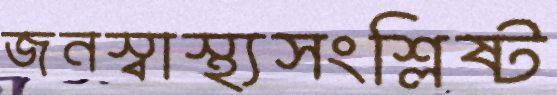
জনস্বাস্থ্যসংশ্লিষ্ট